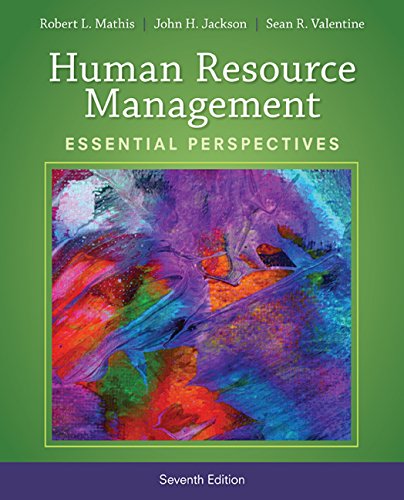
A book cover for Human Resource Management: Essential Perspectives; Robert L. Mathis; Business & Money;